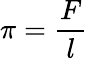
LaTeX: \pi={\frac{F}{l}}